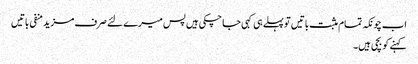
اب چونکہ تمام مثبت باتیں تو پہلے ہی کہی جا چکی ہیں پس میرے لئے صرف مزید منفی باتیں
کہنے کو بچی ہیں۔